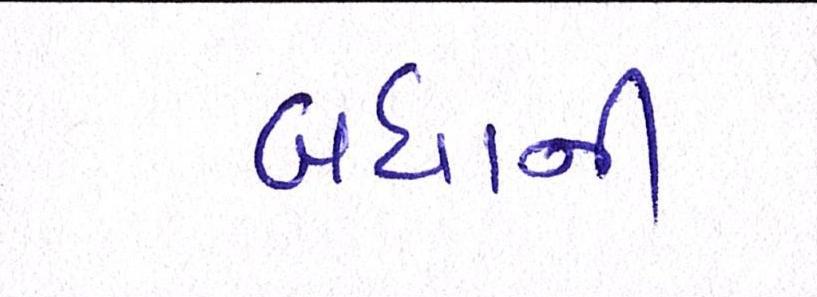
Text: બધાંની